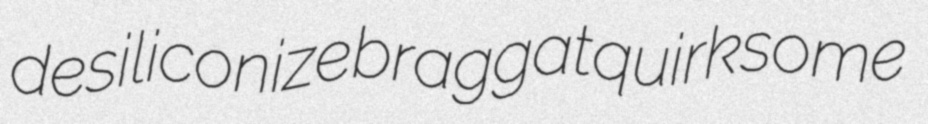
desiliconize braggat quirksome